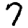
Digit: 7